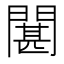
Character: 𮤘